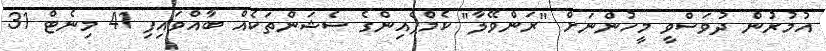
އުމުރުން ދުވަސްވީ މީހުންނަށް "ރަންވޭލާ" ކެމްޕެއިންގެ ސެޝަންތަކެއް ބާއްވައިފި 41 މިނެޓް 31